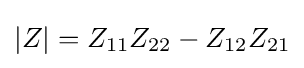
|Z|=Z_{11}Z_{22}-Z_{12}Z_{21}